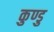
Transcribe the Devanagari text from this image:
कुण्डु